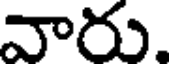
వారు.